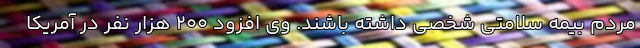
مردم بیمه سلامتی شخصی داشته باشند. وی افزود 200 هزار نفر در آمریکا